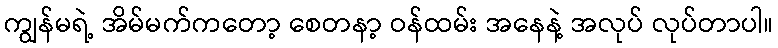
ကျွန်မရဲ့ အိမ်မက်ကတော့ စေတနာ့ ဝန်ထမ်း အနေနဲ့ အလုပ် လုပ်တာပါ။